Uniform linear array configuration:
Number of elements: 4
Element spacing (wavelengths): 0.25
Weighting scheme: exponential
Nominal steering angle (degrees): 45
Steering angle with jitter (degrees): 46.569
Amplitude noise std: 0.05
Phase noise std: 0.05

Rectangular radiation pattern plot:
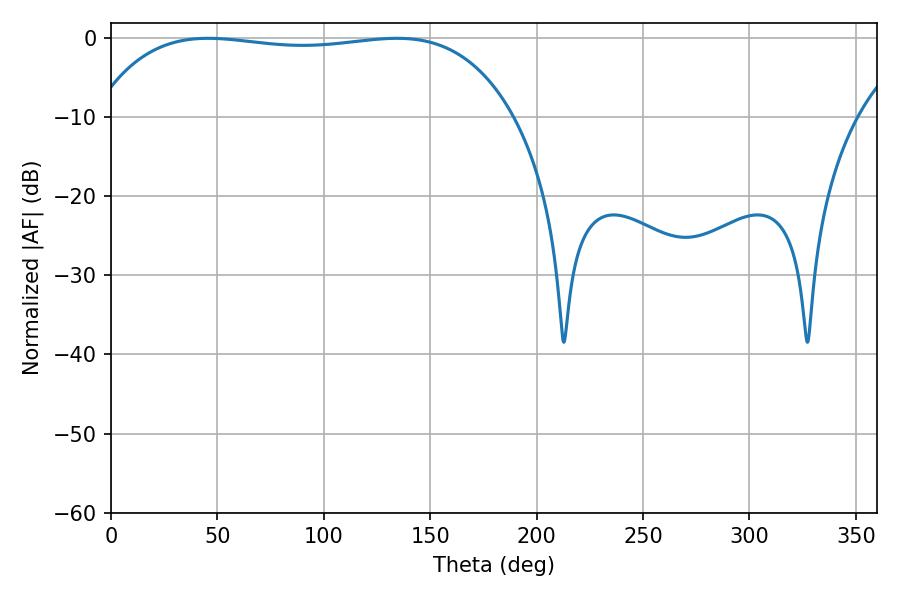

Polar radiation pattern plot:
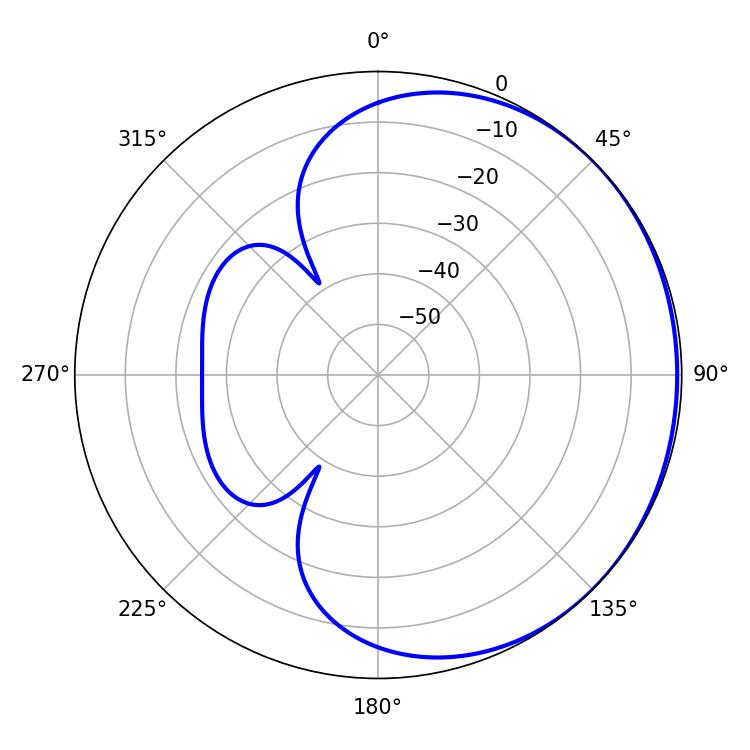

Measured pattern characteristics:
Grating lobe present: FALSE
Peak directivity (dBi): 0.5981
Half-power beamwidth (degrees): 156.96
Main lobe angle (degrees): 45.54